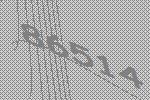
86514